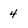
Character: 4